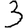
Digit: 3